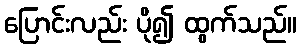
ပြောင်းလည်း ပို၍ ထွက်သည်။